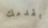
بقدمك